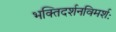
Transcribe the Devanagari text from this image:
भक्तिदर्शनविमर्शः